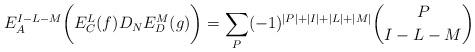
LaTeX: \begin{align*}E^{I-L-M}_A\biggl( E^L_C(f)D_NE^M_D(g)\biggr) =\sum_P(-1)^{\vert P \vert +\vert I \vert +\vert L \vert +\vert M \vert}{P \choose {I-L-M}}\end{align*}